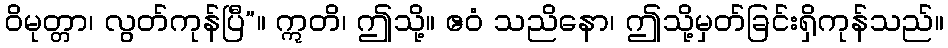
ဝိမုတ္တာ၊ လွတ်ကုန်ပြီ”။ ဣတိ၊ ဤသို့။ ဧဝံ သညိနော၊ ဤသို့မှတ်ခြင်းရှိကုန်သည်။